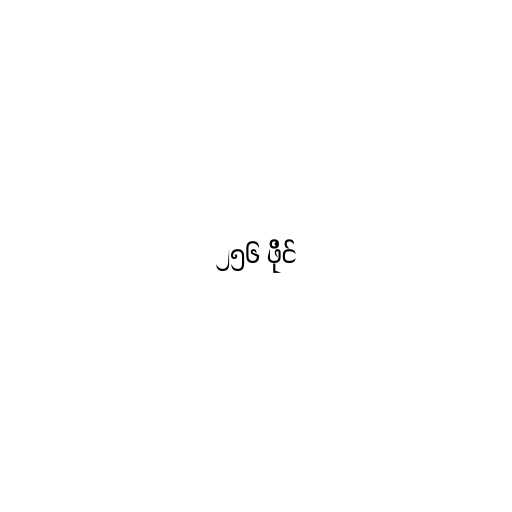
၂၅၆ ဖိုင်